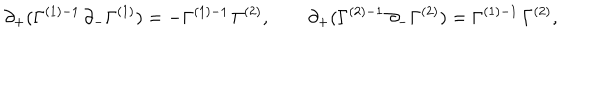
\partial _ { + } ( \Gamma ^ { ( 1 ) - 1 } \, \partial _ { - } \Gamma ^ { ( 1 ) } ) = - \Gamma ^ { ( 1 ) - 1 } \, \Gamma ^ { ( 2 ) } , \qquad \partial _ { + } ( \Gamma ^ { ( 2 ) - 1 } \, \partial _ { - } \Gamma ^ { ( 2 ) } ) = \Gamma ^ { ( 1 ) - 1 } \, \Gamma ^ { ( 2 ) } ,